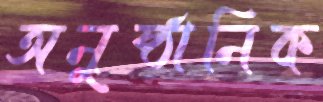
অনুষ্ঠানিক